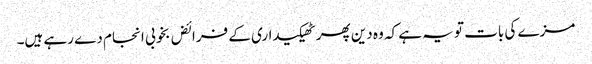
مزے کی بات تو یہ ہے کہ وہ دین پھر ٹھیکیداری کے فرائض بخوبی انجام دے رہے ہیں۔